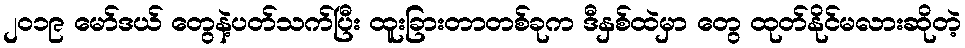
၂၀၁၉ မော်ဒယ် တွေနဲ့ပတ်သက်ပြီး ထူးခြားတာတစ်ခုက ဒီနှစ်ထဲမှာ တွေ ထုတ်နိုင်မလားဆိုတဲ့